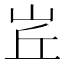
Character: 𡶦